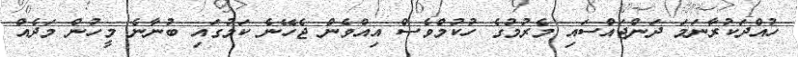
ހުއްދަކުރާނަމަ ދަންޖައްސައި މެރުމުގެ ހުކުމްވެސް އިއްވެން ޖެހޭނެ ކަމުގައި ބުނާނެ މީހުން މަދެއް